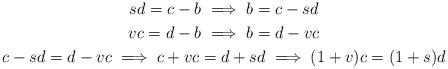
LaTeX: \begin{gather*}sd = c-b \implies b = c-sd \\vc = d-b \implies b = d-vc \\c-sd = d-vc \implies c+vc = d+sd \implies (1+v)c = (1+s)d\end{gather*}